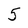
Character: 5